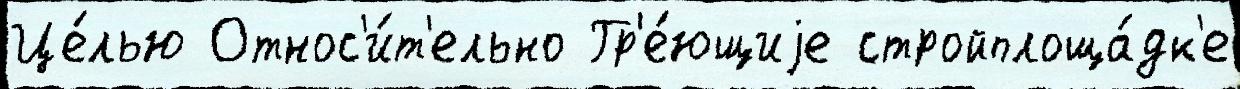
Це́лью Относ'и́т'ельно Гр'е́ющиjе стройплоща́дк'е